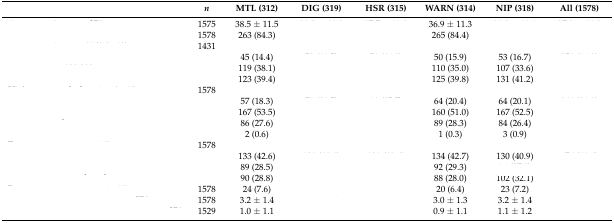
<table><thead><tr><td>[EMPTY_CELL]</td><td><b><i>n</i></b></td><td><b>MTL (312)</b></td><td><b>DIG (319)</b></td><td><b>HSR (315)</b></td><td><b>WARN (314)</b></td><td><b>NIP (318)</b></td><td><b>All (1578)</b></td></tr></thead><tbody><tr><td>[EMPTY_CELL]</td><td>1575</td><td>38.5 ± 11.5</td><td>[EMPTY_CELL]</td><td>[EMPTY_CELL]</td><td>36.9 ± 11.3</td><td>[EMPTY_CELL]</td><td>[EMPTY_CELL]</td></tr><tr><td>[EMPTY_CELL]</td><td>1578</td><td>263 (84.3)</td><td>[EMPTY_CELL]</td><td>[EMPTY_CELL]</td><td>265 (84.4)</td><td>[EMPTY_CELL]</td><td>[EMPTY_CELL]</td></tr><tr><td>[EMPTY_CELL]</td><td>1431</td><td>[EMPTY_CELL]</td><td>[EMPTY_CELL]</td><td>[EMPTY_CELL]</td><td>[EMPTY_CELL]</td><td>[EMPTY_CELL]</td><td>[EMPTY_CELL]</td></tr><tr><td>[EMPTY_CELL]</td><td>[EMPTY_CELL]</td><td>45 (14.4)</td><td>[EMPTY_CELL]</td><td>[EMPTY_CELL]</td><td>50 (15.9)</td><td>53 (16.7)</td><td>[EMPTY_CELL]</td></tr><tr><td>[EMPTY_CELL]</td><td>[EMPTY_CELL]</td><td>119 (38.1)</td><td>[EMPTY_CELL]</td><td>[EMPTY_CELL]</td><td>110 (35.0)</td><td>107 (33.6)</td><td>[EMPTY_CELL]</td></tr><tr><td>[EMPTY_CELL]</td><td>[EMPTY_CELL]</td><td>123 (39.4)</td><td>[EMPTY_CELL]</td><td>[EMPTY_CELL]</td><td>125 (39.8)</td><td>131 (41.2)</td><td>[EMPTY_CELL]</td></tr><tr><td>[EMPTY_CELL]</td><td>1578</td><td>[EMPTY_CELL]</td><td>[EMPTY_CELL]</td><td>[EMPTY_CELL]</td><td>[EMPTY_CELL]</td><td>[EMPTY_CELL]</td><td>[EMPTY_CELL]</td></tr><tr><td>[EMPTY_CELL]</td><td>[EMPTY_CELL]</td><td>57 (18.3)</td><td>[EMPTY_CELL]</td><td>[EMPTY_CELL]</td><td>64 (20.4)</td><td>64 (20.1)</td><td>[EMPTY_CELL]</td></tr><tr><td>[EMPTY_CELL]</td><td>[EMPTY_CELL]</td><td>167 (53.5)</td><td>[EMPTY_CELL]</td><td>[EMPTY_CELL]</td><td>160 (51.0)</td><td>167 (52.5)</td><td>[EMPTY_CELL]</td></tr><tr><td>[EMPTY_CELL]</td><td>[EMPTY_CELL]</td><td>86 (27.6)</td><td>[EMPTY_CELL]</td><td>[EMPTY_CELL]</td><td>89 (28.3)</td><td>84 (26.4)</td><td>[EMPTY_CELL]</td></tr><tr><td>[EMPTY_CELL]</td><td>[EMPTY_CELL]</td><td>2 (0.6)</td><td>[EMPTY_CELL]</td><td>[EMPTY_CELL]</td><td>1 (0.3)</td><td>3 (0.9)</td><td>[EMPTY_CELL]</td></tr><tr><td>[EMPTY_CELL]</td><td>1578</td><td>[EMPTY_CELL]</td><td>[EMPTY_CELL]</td><td>[EMPTY_CELL]</td><td>[EMPTY_CELL]</td><td>[EMPTY_CELL]</td><td>[EMPTY_CELL]</td></tr><tr><td>[EMPTY_CELL]</td><td>[EMPTY_CELL]</td><td>133 (42.6)</td><td>[EMPTY_CELL]</td><td>[EMPTY_CELL]</td><td>134 (42.7)</td><td>130 (40.9)</td><td>[EMPTY_CELL]</td></tr><tr><td>[EMPTY_CELL]</td><td>[EMPTY_CELL]</td><td>89 (28.5)</td><td>[EMPTY_CELL]</td><td>[EMPTY_CELL]</td><td>92 (29.3)</td><td>[EMPTY_CELL]</td><td>[EMPTY_CELL]</td></tr><tr><td>[EMPTY_CELL]</td><td>[EMPTY_CELL]</td><td>90 (28.8)</td><td>[EMPTY_CELL]</td><td>[EMPTY_CELL]</td><td>88 (28.0)</td><td>102 (32.1)</td><td>[EMPTY_CELL]</td></tr><tr><td>[EMPTY_CELL]</td><td>1578</td><td>24 (7.6)</td><td>[EMPTY_CELL]</td><td>[EMPTY_CELL]</td><td>20 (6.4)</td><td>23 (7.2)</td><td>[EMPTY_CELL]</td></tr><tr><td>[EMPTY_CELL]</td><td>1578</td><td>3.2 ± 1.4</td><td>[EMPTY_CELL]</td><td>[EMPTY_CELL]</td><td>3.0 ± 1.3</td><td>3.2 ± 1.4</td><td>[EMPTY_CELL]</td></tr><tr><td>[EMPTY_CELL]</td><td>1529</td><td>1.0 ± 1.1</td><td>[EMPTY_CELL]</td><td>[EMPTY_CELL]</td><td>0.9 ± 1.1</td><td>1.1 ± 1.2</td><td>[EMPTY_CELL]</td></tr></tbody></table>